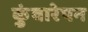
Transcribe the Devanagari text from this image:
कुंवारेपन